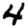
Digit: 4